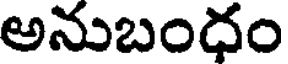
అనుబందం